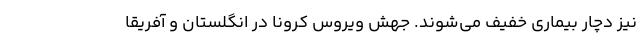
نیز دچار بیماری خفیف می‌شوند. جهش ویروس کرونا در انگلستان و آفریقا